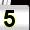
Digit: 5